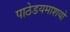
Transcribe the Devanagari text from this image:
पाठेडयमाशयो